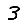
Digit: 3